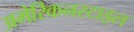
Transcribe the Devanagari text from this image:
अमेरिकनस्टाइल